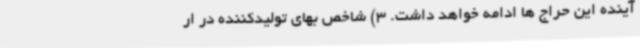
آینده این حراج ها ادامه خواهد داشت. 3) شاخص بهای تولیدکننده در ار